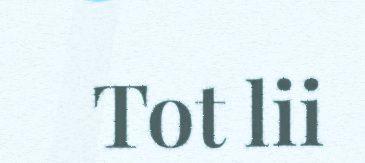
Tot lii